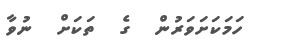
ހަމަކަށަވަރުން  ގެ  ތަކަށް  ނުވާ